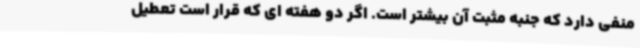
منفی دارد که جنبه مثبت آن بیشتر است. اگر دو هفته ای که قرار است تعطیل